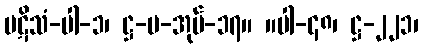
ပဋိသံ-ပါ-၁၊ ဋ္ဌ-ပ-အုပ်-၁၇။ ။ပါ-၄၈၊ ဋ္ဌ-၂၂၁၊